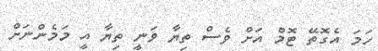
ހަމަ އެގޮތޭ ޓޮމް އަށް ވެސް ތިޔާ ވަނީ ތިޔާ އީ މަމެންނަށް